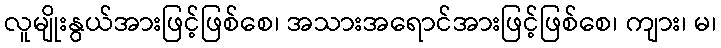
လူမျိုးနွယ်အားဖြင့်ဖြစ်စေ၊ အသားအရောင်အားဖြင့်ဖြစ်စေ၊ ကျား၊ မ၊